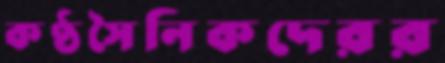
কণ্ঠসৈনিকদেরর